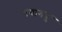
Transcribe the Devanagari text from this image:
पयागपुर